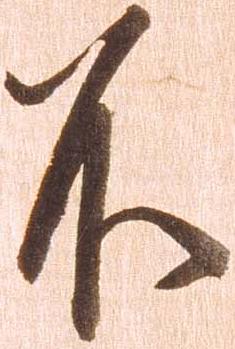
不